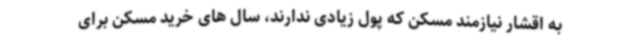
به اقشار نیازمند مسکن که پول زیادی ندارند، سال های خرید مسکن برای